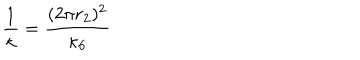
\frac { 1 } { \kappa } = \frac { ( 2 \pi r _ { 2 } ) ^ { 2 } } { \kappa _ { 6 } }